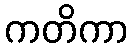
ကတိကာ